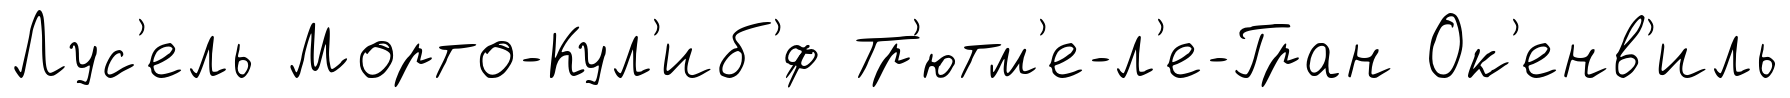
Лус'ель Морто-Кул'иб'́ф Тр'ютм'е-л'е-Гран Ок'енв'иль